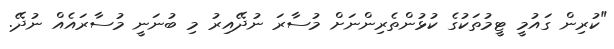
"ކުރިން ގައުމީ ޓީމުތަަކުގެ ކުޅުންތެރިންނަަށް މުސާރަ ނުދޭއިރު މި ބުނަނީ މުސާރައެއް ނުދޭ.